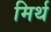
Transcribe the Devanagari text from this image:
मिर्थ